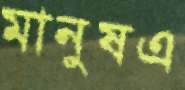
মানুষএ